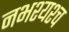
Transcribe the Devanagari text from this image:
नभश्यश्च